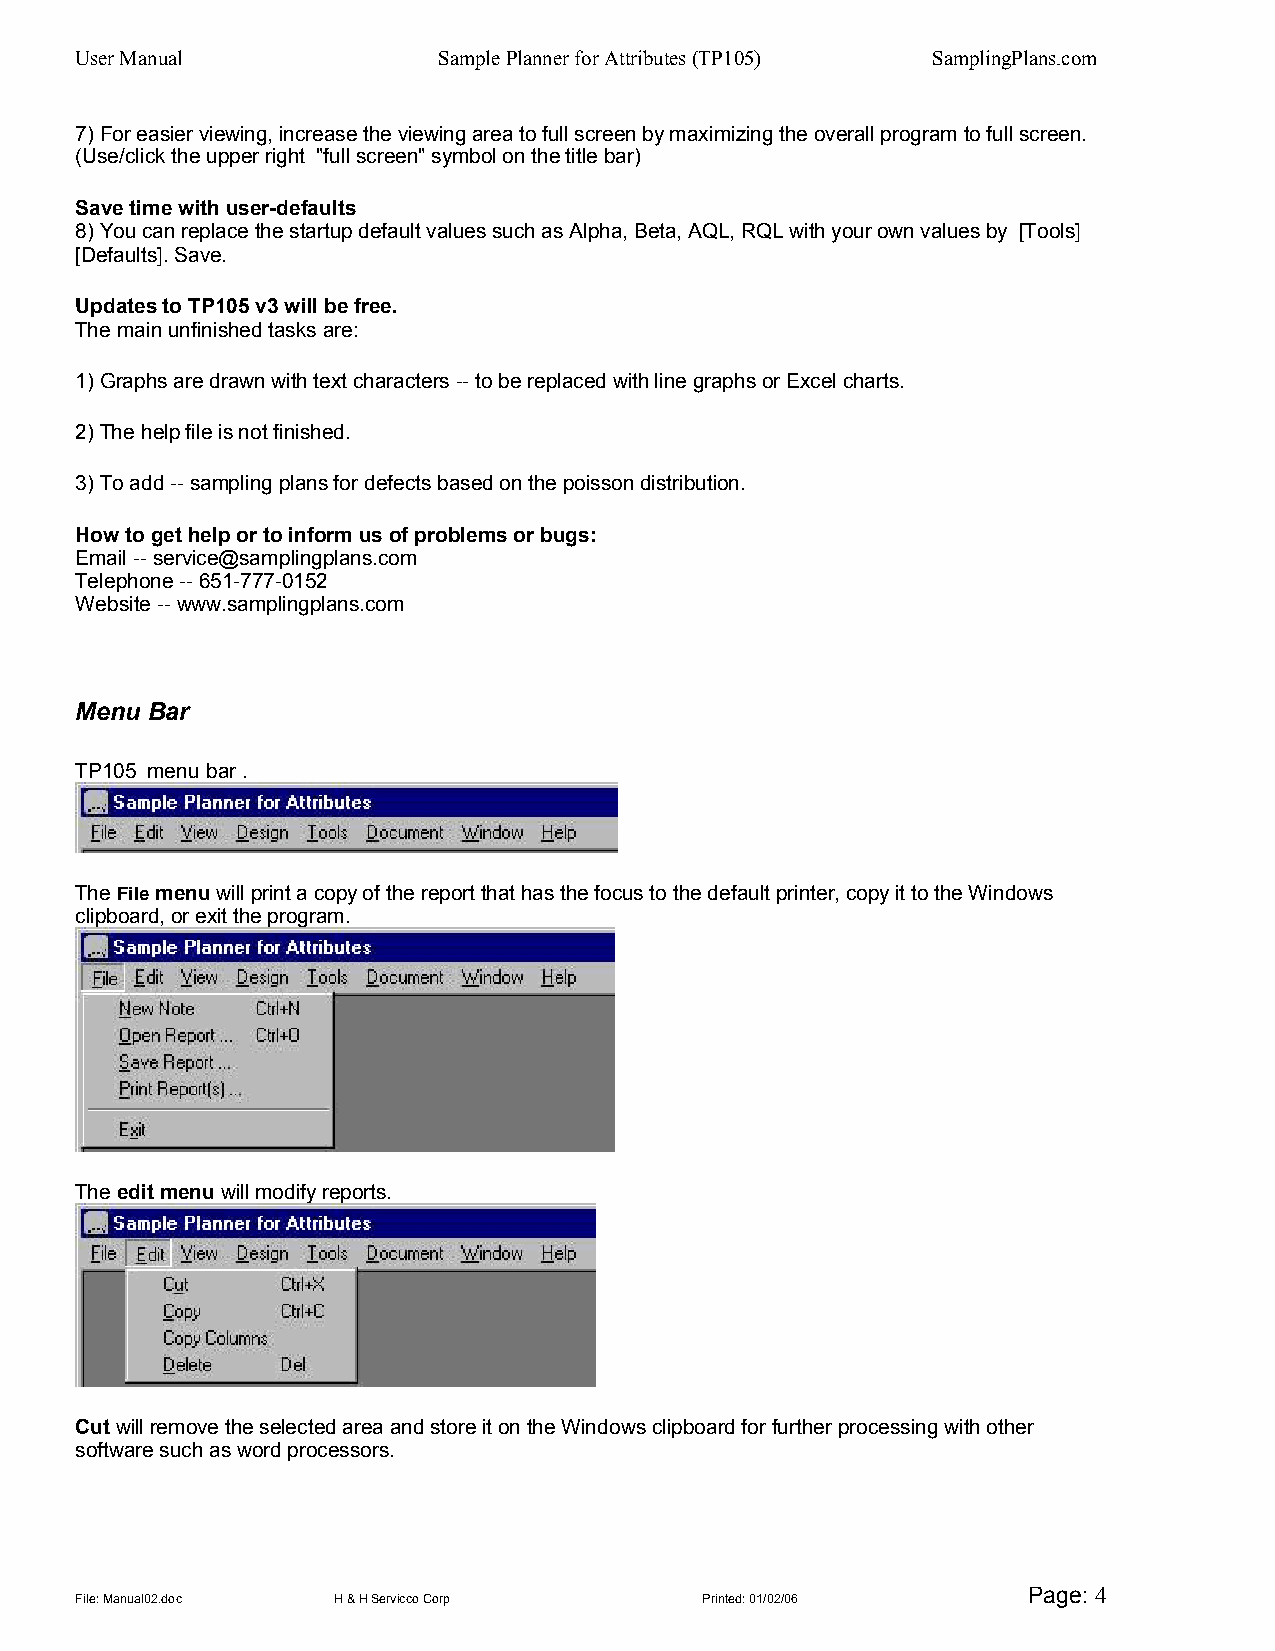
User Manual             Sample Planner for Attributes (TP105) SamplingPlans.com
 7) For easier viewing, increase the viewing area to full screen by maximizing the overall program to full screen.
 (Use/click the upper right "full screen" symbol on the title bar)
 Save time with user-defaults
 8) You can replace the startup default values such as Alpha, Beta, AQL, RQL with your own values by [Tools]
 [Defaults]. Save.
 Updates to TP105 v3 will be free.
 The main unfinished tasks are:
 1) Graphs are drawn with text characters -- to be replaced with line graphs or Excel charts.
 2) The help file is not finished.
 3) To add -- sampling plans for defects based on the poisson distribution.
 How to get help or to inform us of problems or bugs:
 Email -- service@samplingplans.com
 Telephone -- 651-777-0152
 Website -- www.samplingplans.com
 Menu Bar
 TP105 menu bar .
 The File menu will print a copy of the report that has the focus to the default printer, copy it to the Windows
 clipboard, or exit the program.
 The edit menu will modify reports.
 Cut will remove the selected area and store it on the Windows clipboard for further processing with other
 software such as word processors.
 Page: 4
 File: Manual02.doc H & H Servicco Corp   Printed: 01/02/06